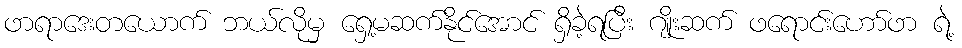
ဖာရာဒေးတယောက် ဘယ်လိုမှ ရှေ့မဆက်နိုင်အောင် ရှိခဲ့ရပြီး ဂျိုးဆက် ဖရောင်းဟော်ဖာ ရဲ့